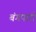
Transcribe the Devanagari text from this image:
बंगपारी